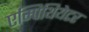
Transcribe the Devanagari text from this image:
एम्पिथियेटर